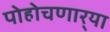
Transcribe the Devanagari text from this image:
पोहोचणार्‍या